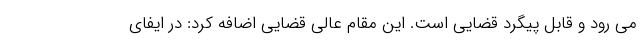
می رود و قابل پیگرد قضایی است. این مقام عالی قضایی اضافه کرد: در ایفای